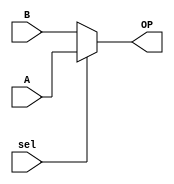
module mux_2_input (
	output OP, 
	input  A, B, sel);	 

        assign OP= (sel)? A : B;     

		
endmodule